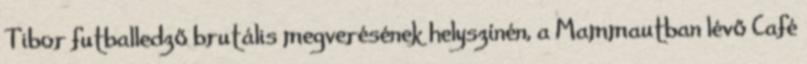
Tibor futballedző brutális megverésének helyszínén, a Mammautban lévő Café